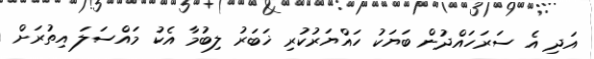
އަދި އެ ސަރަހައްދުން ބަޔަކު ހައްޔަރުކުރި ޚަބަރު ލިބުމާ އެކު މައްސަލަ އިތުރަށް